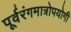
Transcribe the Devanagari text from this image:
पूर्वरंगमात्रोपयोगी